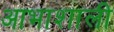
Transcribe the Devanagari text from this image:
आभाशाली